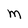
Character: M